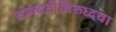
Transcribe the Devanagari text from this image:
राजवटीविरुध्दचा